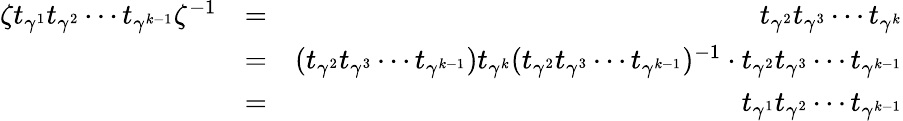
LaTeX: \begin{array}{rlr}{\zeta t_{\gamma^{1}}t_{\gamma^{2}}\cdots t_{\gamma^{k-1}}\zeta^{-1}}&{=}&{t_{\gamma^{2}}t_{\gamma^{3}}\cdots t_{\gamma^{k}}}\\ &{=}&{(t_{\gamma^{2}}t_{\gamma^{3}}\cdots t_{\gamma^{k-1}})t_{\gamma^{k}}(t_{\gamma^{2}}t_{\gamma^{3}}\cdots t_{\gamma^{k-1}})^{-1}\cdot t_{\gamma^{2}}t_{\gamma^{3}}\cdots t_{\gamma^{k-1}}}\\ &{=}&{t_{\gamma^{1}}t_{\gamma^{2}}\cdots t_{\gamma^{k-1}}}\end{array}